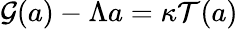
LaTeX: {\mathcal{G}}(a)-\Lambda a=\kappa{\mathcal{T}}(a)